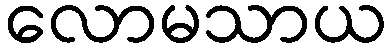
လောမသာယ